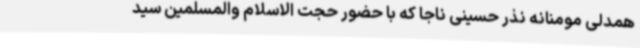
همدلی مومنانه نذر حسینی ناجا که با حضور حجت الاسلام والمسلمین سید